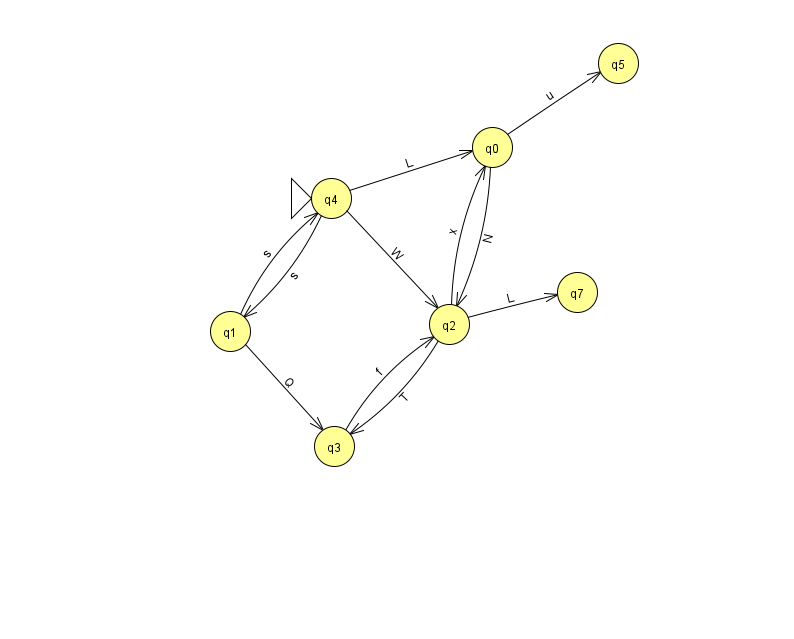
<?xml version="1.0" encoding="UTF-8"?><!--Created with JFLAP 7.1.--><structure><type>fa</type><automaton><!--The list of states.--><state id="0" name="q0"><x>492.0</x><y>134.0</y></state><state id="1" name="q1"><x>230.0</x><y>318.0</y></state><state id="2" name="q2"><x>449.0</x><y>311.0</y></state><state id="3" name="q3"><x>334.0</x><y>433.0</y></state><state id="4" name="q4"><x>331.0</x><y>185.0</y><initial/></state><state id="5" name="q5"><x>618.0</x><y>50.0</y></state><state id="7" name="q7"><x>577.0</x><y>279.0</y></state><!--The list of transitions.--><transition><from>2</from><to>0</to><read>x</read></transition><transition><from>2</from><to>7</to><read>L</read></transition><transition><from>1</from><to>4</to><read>s</read></transition><transition><from>4</from><to>1</to><read>s</read></transition><transition><from>4</from><to>2</to><read>W</read></transition><transition><from>0</from><to>5</to><read>u</read></transition><transition><from>4</from><to>0</to><read>L</read></transition><transition><from>0</from><to>2</to><read>N</read></transition><transition><from>3</from><to>2</to><read>f</read></transition><transition><from>1</from><to>3</to><read>Q</read></transition><transition><from>2</from><to>3</to><read>T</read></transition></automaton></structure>